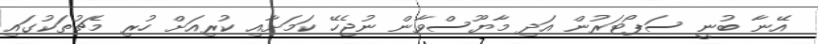
އޭނާ ބުނީ ސަޕޯޓަރުން އަދި މާޔޫސްވާން ނުޖެހޭ ކަމަށާއި ކުރިއަށް ހުރި މެޗުތަކުގައި